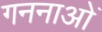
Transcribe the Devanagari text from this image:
गननाओं